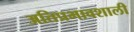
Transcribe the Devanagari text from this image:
अतिप्रभावशाली